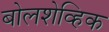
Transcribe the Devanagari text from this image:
बोलशेव्हिक